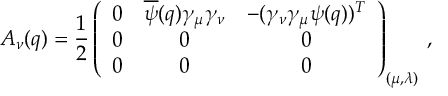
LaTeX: A _ { \nu } ( q ) = \frac { 1 } { 2 } \left( \begin{array} { c c c } { { 0 } } & { { \overline { { \psi } } ( q ) \gamma _ { \mu } \gamma _ { \nu } } } & { { - ( \gamma _ { \nu } \gamma _ { \mu } \psi ( q ) ) ^ { T } } } \\ { { 0 } } & { { 0 } } & { { 0 } } \\ { { 0 } } & { { 0 } } & { { 0 } } \end{array} \right) _ { ( \mu , \lambda ) } \, ,